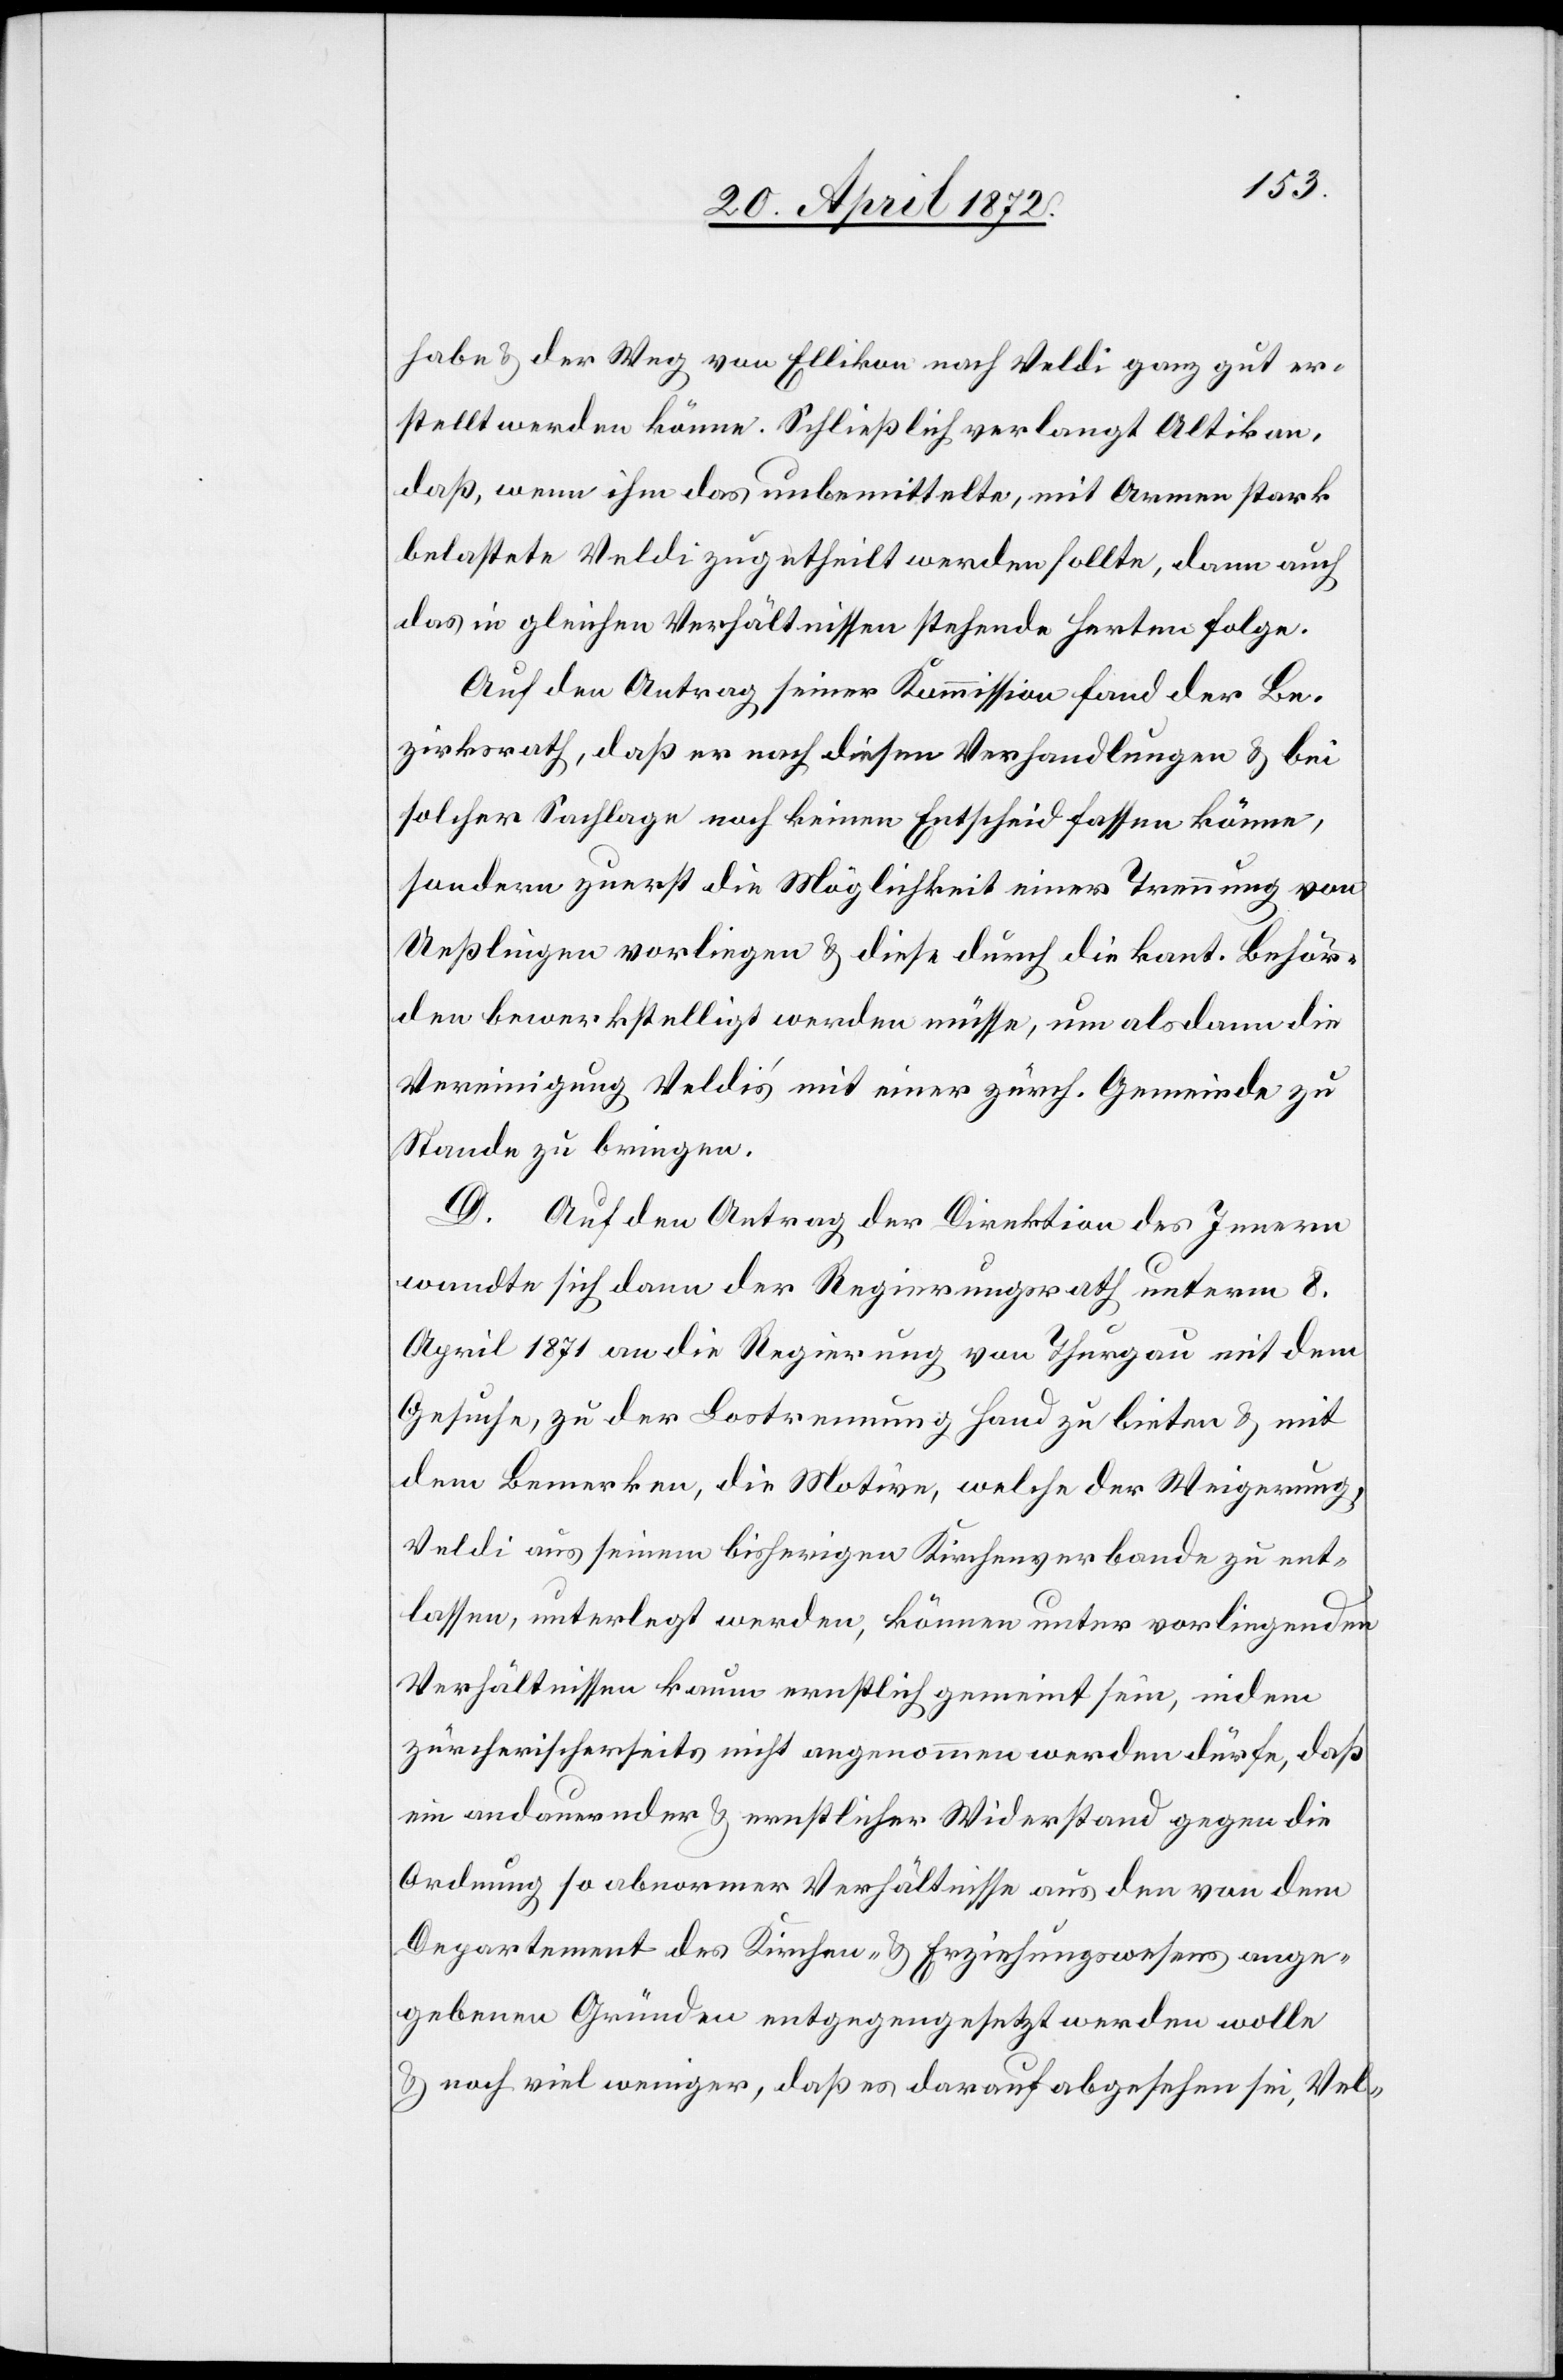
habe u. der Weg von Ellikon nach Veldi ganz gut er¬
stellt werden könne. Schließlich verlangt Altikon,
daß, wenn ihm das unbemittelte, mit Armen stark
belastete Veldi zugetheilt werden sollte, dann auch
das in gleichen Verhältnissen stehende Herten folge.
Auf den Antrag seiner Kommission fand der Be¬
zirksrath, daß er nach diesen Verhandlungen u. bei
solcher Sachlage noch keinen Entscheid fassen könne,
sondern zuerst die Möglichkeit einer Trennung von
Ueßlingen vorliegen u. diese durch die kant. Behör¬
den bewerkstelligt werden müsse, um alsdann die
Vereinigung Veldi’s mit einer zürch. Gemeinde zu
Stande zu bringen.
D. Auf den Antrag der Direktion des Innern
wandte sich dann der Regierungsrath unterm 8.
April 1871 an die Regierung von Thurgau mit dem
Gesuche, zu der Lostrennung Hand zu bieten u. mit
dem Bemerken, die Motive, welche der Weigerung,
Veldi aus seinem bisherigen Kirchenverbande zu ent¬
lassen, unterlegt werden, können unter vorliegenden
Verhältnissen kaum ernstlich gemeint sein, indem
zürcherischerseits nicht angenommen werden dürfe, daß
ein andauernder u. ernstlicher Widerstand gegen die
Ordnung so abnormer Verhältnisse aus den von dem
Departement des Kirchen- u. Erziehungswesens ange¬
gebenen Gründen entgegengesetzt werden wollte
u. noch viel weniger, daß es darauf abgesehen sei, Vel-